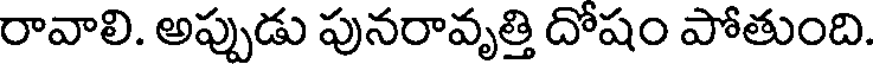
రావాలి. అప్పుడు పునరావృత్తి దోషం పోతుంది.